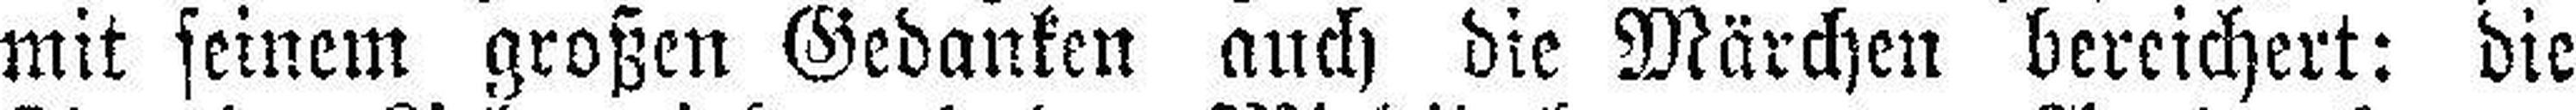
mit seinem großen Gedanken auch die Märchen bereichert: die